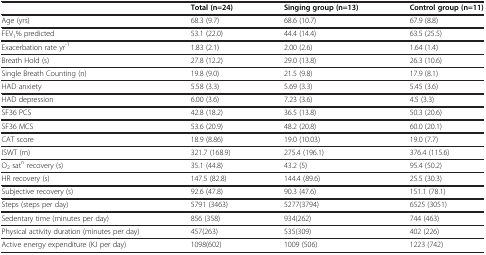
<table><thead><tr><td><b> </b></td><td><b>Total (n=24)</b></td><td><b>Singing group (n=13)</b></td><td><b>Control group (n=11)</b></td></tr></thead><tbody><tr><td>Age (yrs)</td><td>68.3 (9.7)</td><td>68.6 (10.7)</td><td>67.9 (8.8)</td></tr><tr><td>FEV<sub>1</sub>% predicted</td><td>53.1 (22.0)</td><td>44.4 (14.4)</td><td>63.5 (25.5)</td></tr><tr><td>Exacerbation rate yr<sup>-1</sup></td><td>1.83 (2.1)</td><td>2.00 (2.6)</td><td>1.64 (1.4)</td></tr><tr><td>Breath Hold (s)</td><td>27.8 (12.2)</td><td>29.0 (13.8)</td><td>26.3 (10.6)</td></tr><tr><td>Single Breath Counting (n)</td><td>19.8 (9.0)</td><td>21.5 (9.8)</td><td>17.9 (8.1)</td></tr><tr><td>HAD anxiety</td><td>5.58 (3.3)</td><td>5.69 (3.3)</td><td>5.45 (3.6)</td></tr><tr><td>HAD depression</td><td>6.00 (3.6)</td><td>7.23 (3.6)</td><td>4.5 (3.3)</td></tr><tr><td>SF36 PCS</td><td>42.8 (18.2)</td><td>36.5 (13.8)</td><td>50.3 (20.6)</td></tr><tr><td>SF36 MCS</td><td>53.6 (20.9)</td><td>48.2 (20.8)</td><td>60.0 (20.1)</td></tr><tr><td>CAT score</td><td>18.9 (8.86)</td><td>19.0 (10.03)</td><td>19.0 (7.7)</td></tr><tr><td>ISWT (m)</td><td>321.7 (168.9)</td><td>275.4 (196.1)</td><td>376.4 (115.6)</td></tr><tr><td>O<sub>2</sub> sat<sup>n</sup> recovery (s)</td><td>35.1 (44.8)</td><td>43.2 (5)</td><td>95.4 (50.2)</td></tr><tr><td>HR recovery (s)</td><td>147.5 (82.8)</td><td>144.4 (89.6)</td><td>25.5 (30.3)</td></tr><tr><td>Subjective recovery (s)</td><td>92.6 (47.8)</td><td>90.3 (47.6)</td><td>151.1 (78.1)</td></tr><tr><td>Steps (steps per day)</td><td>5791 (3463)</td><td>5277(3794)</td><td>6525 (3051)</td></tr><tr><td>Sedentary time (minutes per day)</td><td>856 (358)</td><td>934(262)</td><td>744 (463)</td></tr><tr><td>Physical activity duration (minutes per day)</td><td>457(263)</td><td>535(309)</td><td>402 (226)</td></tr><tr><td>Active energy expenditure (KJ per day)</td><td>1098(602)</td><td>1009 (506)</td><td>1223 (742)</td></tr></tbody></table>